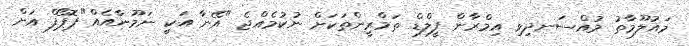
މައުލޫމާތު މުއްސަނދިވި އިމްރާން ފީލްޑް ތަމްރީންތަކަށް ނުކުމެއްޖެ "އޭނާ އަކީ ނަމޫނާއެއް"ޕޮޕޯފް އަށް